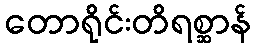
တောရိုင်းတိရစ္ဆာန်